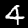
Label: 4